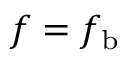
f = f _ { \mathrm { b } }